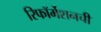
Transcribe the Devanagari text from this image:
रिफॉर्मेशनची